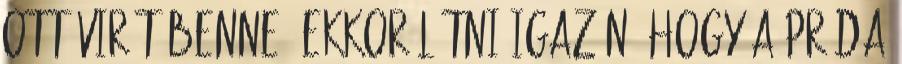
ott virít benne. Ekkor látni igazán, hogy a préda